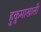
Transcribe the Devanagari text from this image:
हुकुमाखाली